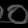
Digit: ၀